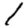
Digit: 1